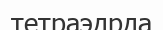
тетраэдрда